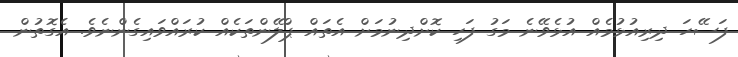
ފަސޭހަ ދިރިއުޅުމެއް އުޅެވޭނެ މަގު ފަހި ކޮށްދިނުމަށް އެތައް ޕްލޭންތަކެއް ކުރައްވައިގެންނެވެ. އެގޮތުން